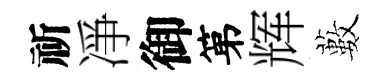
祈凈御第辉藪